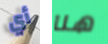
أي هنا